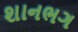
શાનભગ